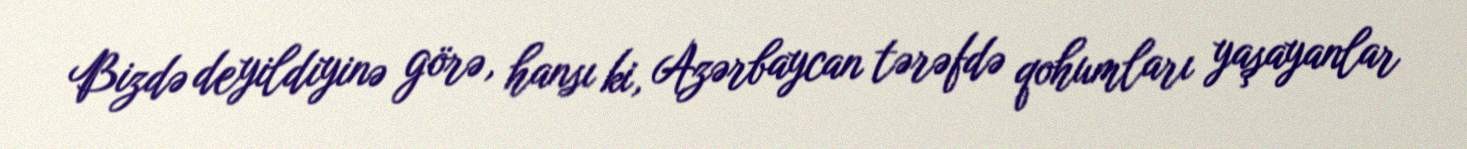
Bizdə deyildiyinə görə, hansı ki, Azərbaycan tərəfdə qohumları yaşayanlar